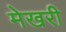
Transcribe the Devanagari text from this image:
मेखरी